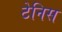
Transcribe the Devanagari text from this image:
टेनिस